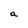
Character: a